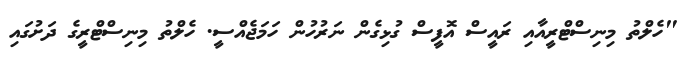
"ހެލްތު މިނިސްޓްރީއާއި ރައީސް އޮފީސް ގުޅިގެން ނަރުހުން ހަމަޖެއްސީ. ހެލްތު މިނިސްޓްރީގެ ދަށުގައި